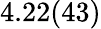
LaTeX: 4.22(43)